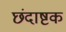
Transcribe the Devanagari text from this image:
छंदाष्टक